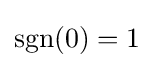
\operatorname {sgn} (0)=1